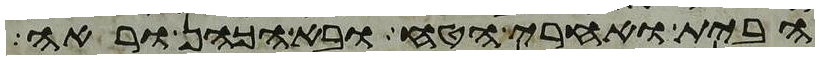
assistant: הבית ואחרי הטח ובא הכהן וראה